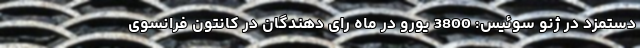
دستمزد در ژنو سوئیس: 3800 یورو در ماه رای دهندگان در کانتون فرانسوی